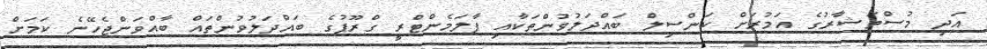
އަދި މުސްތަޝާރުގެ އަމުރަށް ކަންސިލް ބައްދަލުވުންތަކާއި ޕާލަމެންޓްރީ ގްރޫޕުގެ ބައްދަލުވުންތައް ބާއްވަންޖެހޭނެ ކަމަށް